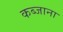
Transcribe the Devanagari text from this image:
कब्जाना